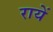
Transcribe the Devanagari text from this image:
रायें